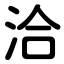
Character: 洽